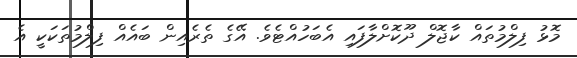
މޮޅު ފިލްމުތައް ކާޖޮލް ދޫކޮށްލާފައި އެބަހުއްޓެވެ. އޭގެ ތެރެއިން ބައެއް ފިލްމުތަކަކީ އެ